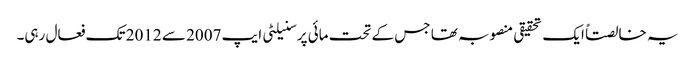
یہ خالصتاً ایک تحقیقی منصوبہ تھا جس کے تحت مائی پرسنیلٹی ایپ 2007 سے 2012 تک فعال رہی۔